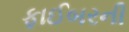
ફાઈબરની